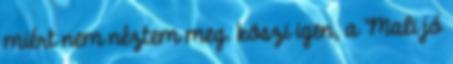
miért nem néztem meg. köszi igen, a Mali jó